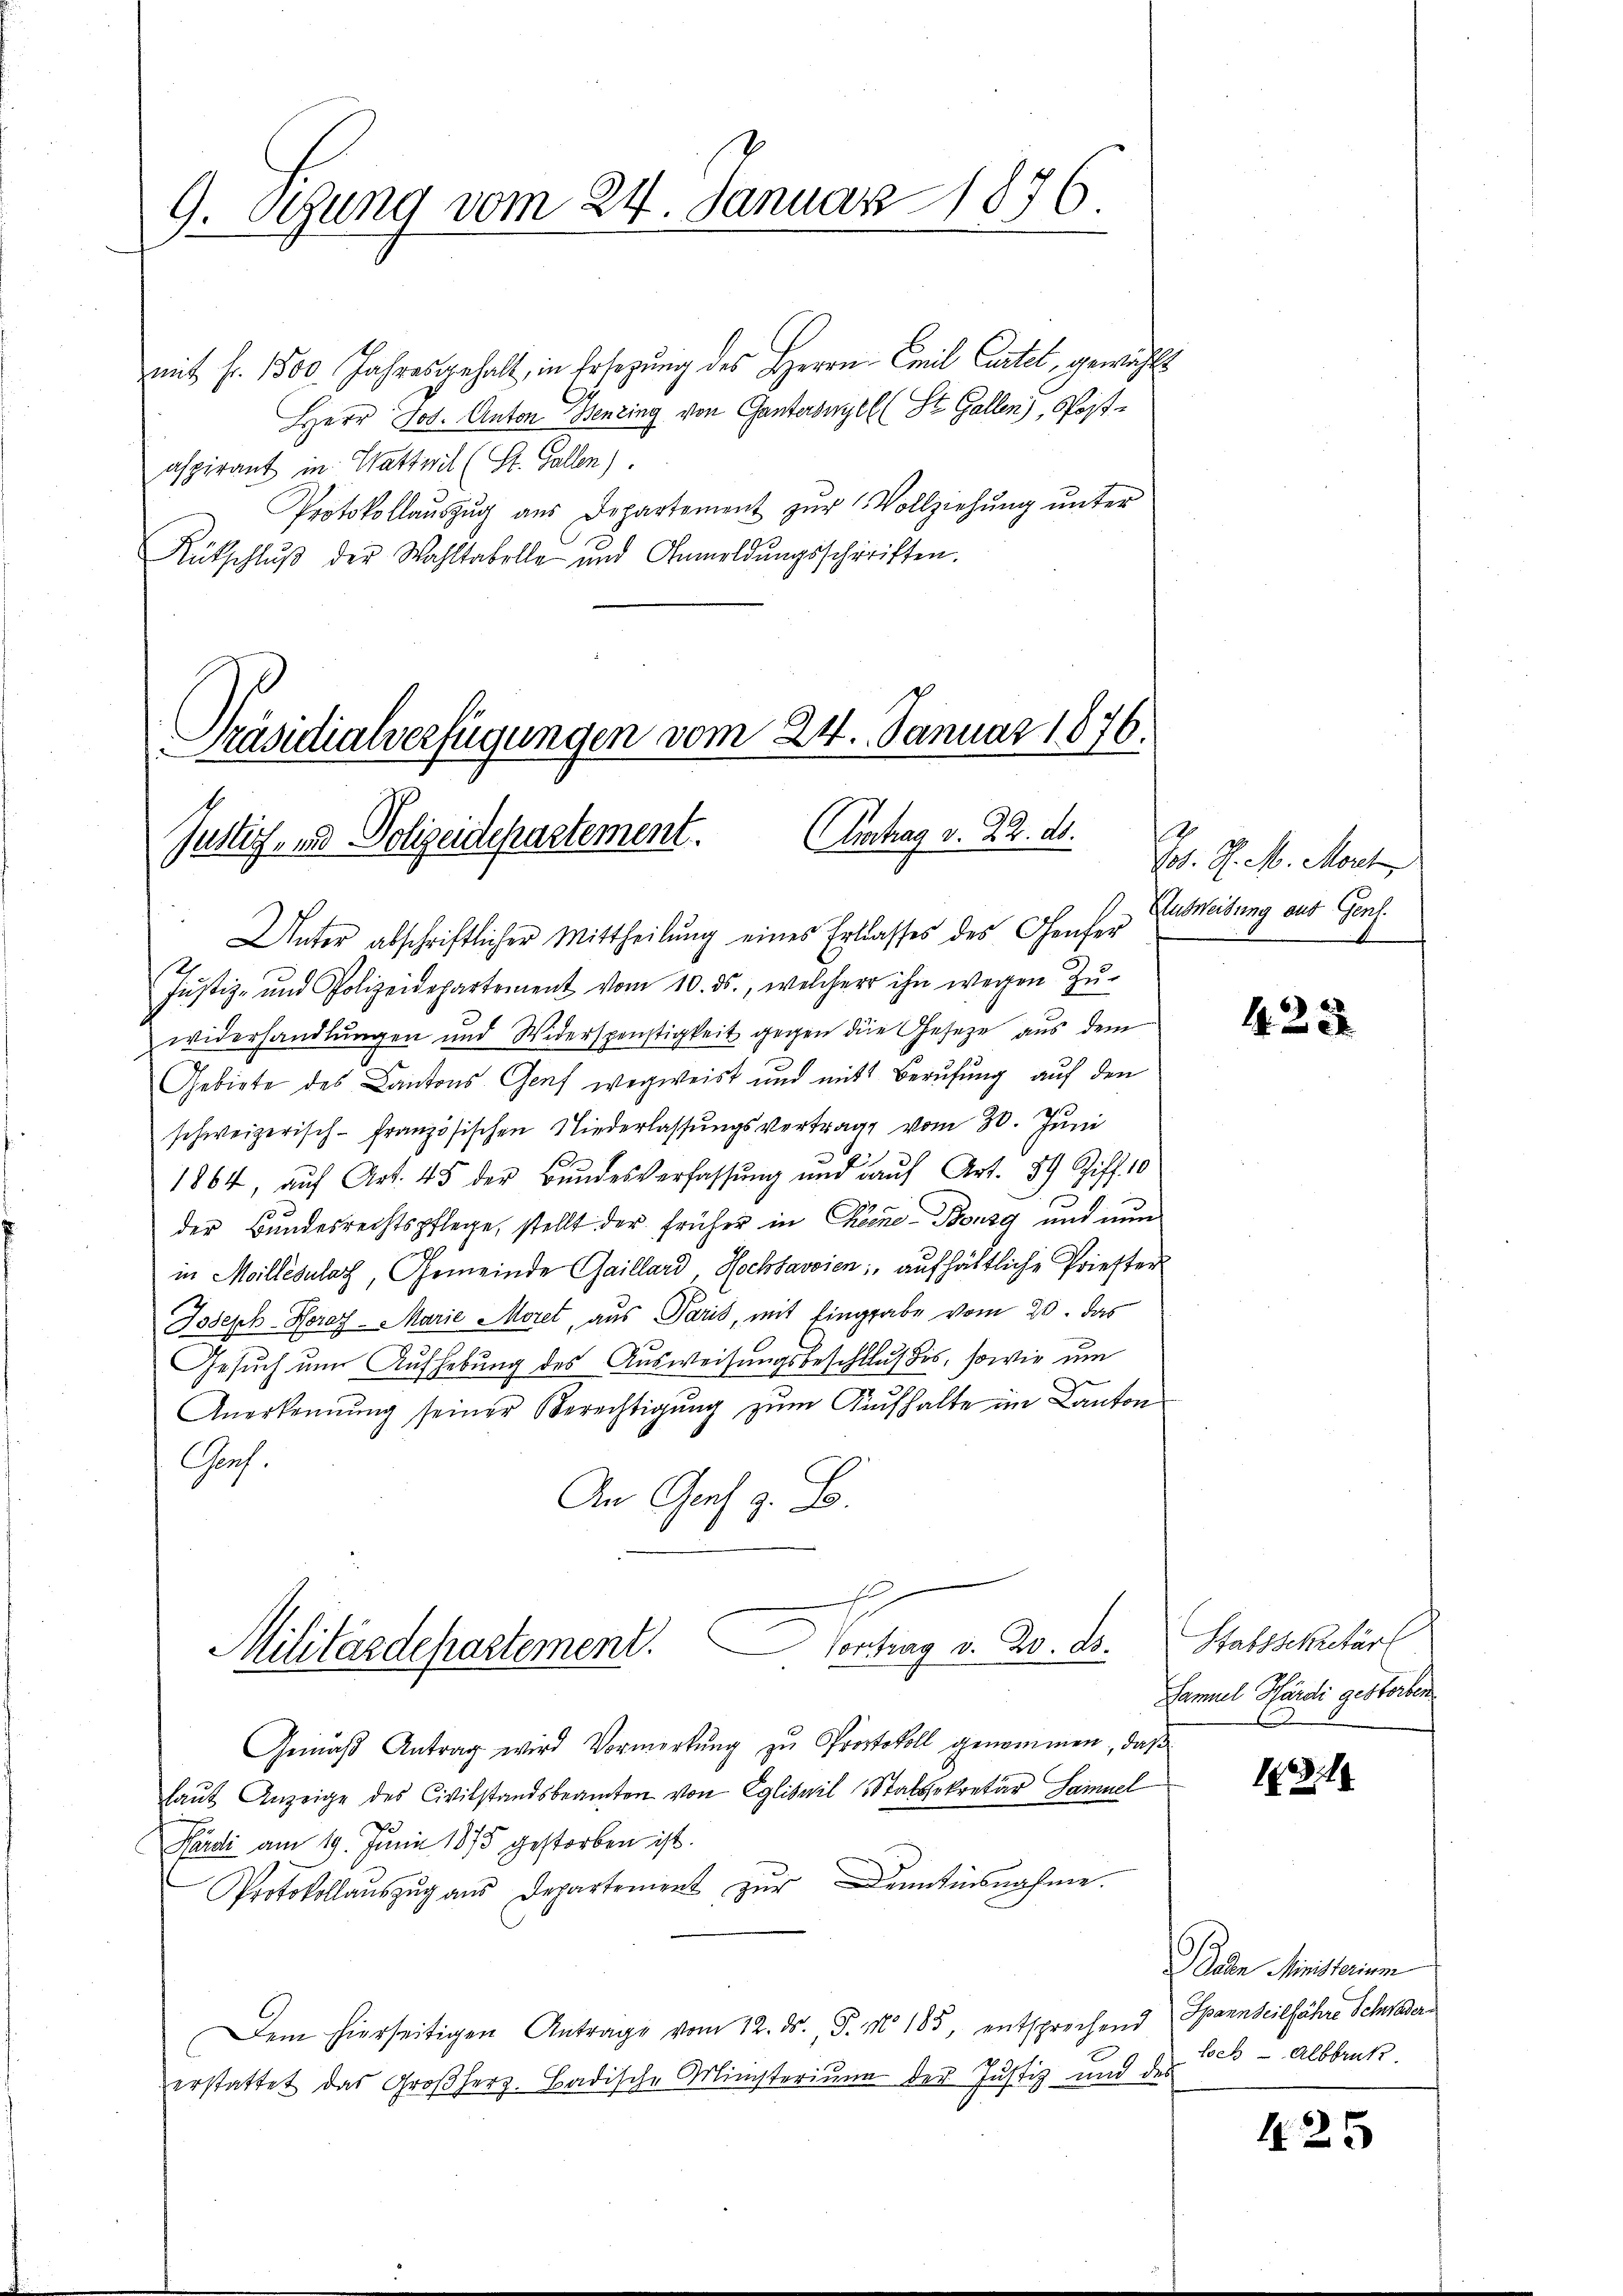
G. Sitzung vom 24. Januar 1876

mit fr. 1500 Jahresgehalt, in Ersezung des Herrn Emil Cartel, gewählt
Herr Jos. Anton Benzing von Ganterswill (St. Gallen), Postaspirant in Wattwil (St. Gallen)
Protokollaŭszŭg aŭs Departement zŭr Vollziehŭng ŭnter
Rütschlŭβ der Wahltabelle und Anmeldŭngsschriften.

Präsidialverfügungen vom 24. Januar 1876.
Justiz, und Polizeidepartement. Vertrag v. 22. ds.

Unter abschriftlicher Mittheilŭng eines Erblasses des Genfer
Justiz- und Polizeidepartement vom 10. ds., welcher ihn wegen Zŭ-
widerhandlungen und Widerspenstigkeit gegen die Geseze aus dem
Gebiete des Cantons Genf wegweist und mit Berufung auf den
schweizerisch-Französischen Niederlassŭngsvertrage vom 30. Jŭni
1864, auf Art. 45 der Bundesverfassung und auf Art. 34 Ziff. 10
e
der Bundesrechtspflege, stellt der früher in Chemne-Bousg und nun
in Meillésulat, Gemeinde Gaillard, Hochsavoien; aufhältliche Priester
Joseph-Horaz - Marie Moret, aus Paris, mit Eingabe vom 20. das
Gesuch um Aufhebung des Ausweisungsbeschlußes, sowie um
Anerkennung seiner Berechtigŭng zŭm Kŭfhalte im Canton
Garf.
An Ges. z. B.

Militärdepartement. Contrag v. 2. ds.

E. P. M. Mart
Ausweisung aus Genf.

Gemäβ Antrag wird Vormerkŭng zŭ Protokoll genommen, daß
laŭt Anzeige des Civilstandsbeamten von Egliswil (Statsekretär Samuel
Pardi am 19. Juni 1875 gestorben ist.
Protokollaŭszŭg ans Departement zŭr Denntinsnahme.
Dem hierseitigen Antrage vom 12. ds. P. No 185, entsprechend
E
erstattet das Großherz. Badische Ministerium der Justiz und des

425

Stabssekretär
Samuel Pfärdi gestorben.
E

13

Per Ministerium
Spannseilfahre Schwader
loch Albbruck

f25